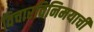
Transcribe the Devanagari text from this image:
विचारविनिमयाची